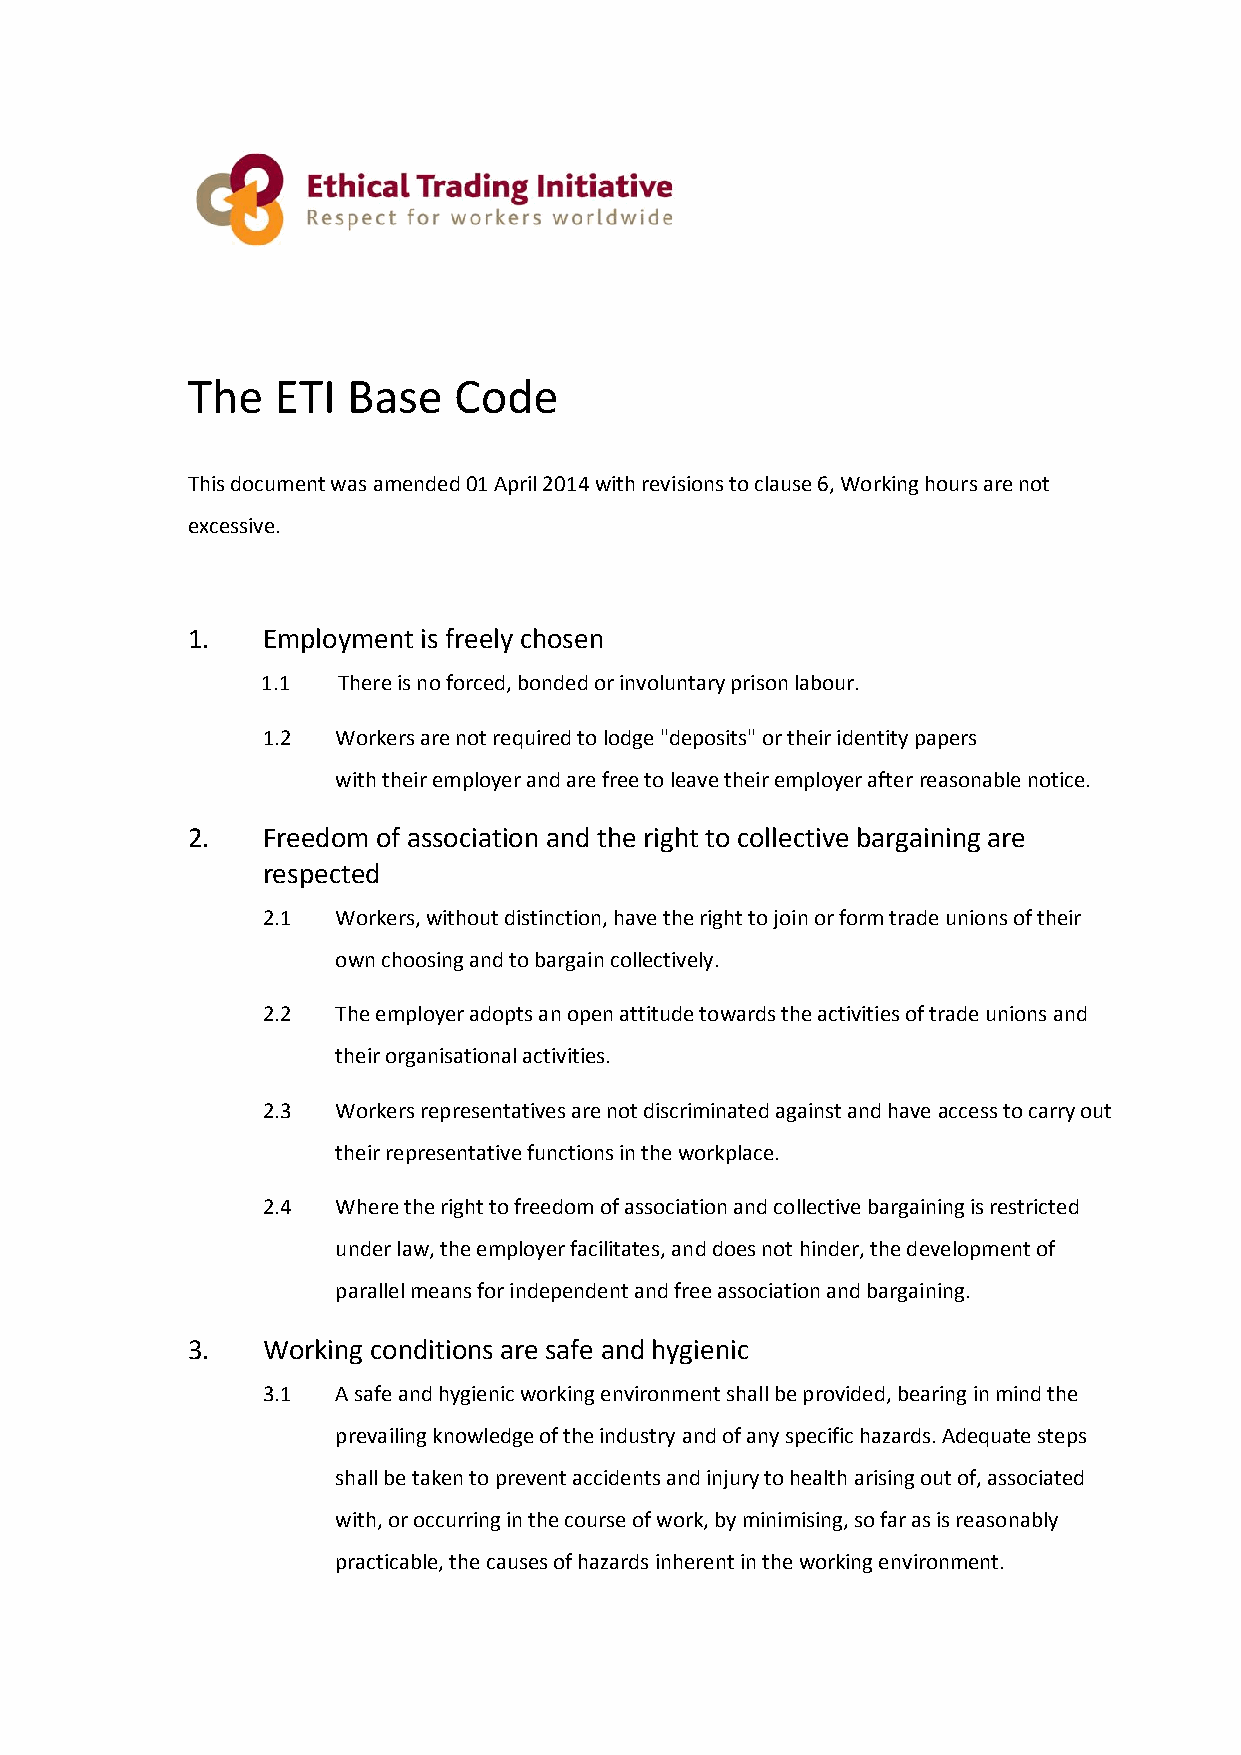
The   ETI  Base   Code
 This document was amended 01 April 2014 with revisions to clause 6, Working hours are not
 excessive.
 1.   Employment is freely chosen
 1.1  There is no forced, bonded or involuntary prison labour.
 1.2  Workers are not required to lodge "deposits" or their identity papers
 with their employer and are free to leave their employer after reasonable notice.
 2.   Freedom of association and the right to collective bargaining are
 respected
 2.1  Workers, without distinction, have the right to join or form trade unions of their
 own choosing and to bargain collectively.
 2.2  The employer adopts an open attitude towards the activities of trade unions and
 their organisational activities.
 2.3  Workers representatives are not discriminated against and have access to carry out
 their representative functions in the workplace.
 2.4  Where the right to freedom of association and collective bargaining is restricted
 under law, the employer facilitates, and does not hinder, the development of
 parallel means for independent and free association and bargaining.
 3.   Working conditions are safe and hygienic
 3.1  A safe and hygienic working environment shall be provided, bearing in mind the
 prevailing knowledge of the industry and of any specific hazards. Adequate steps
 shall be taken to prevent accidents and injury to health arising out of, associated
 with, or occurring in the course of work, by minimising, so far as is reasonably
 practicable, the causes of hazards inherent in the working environment.